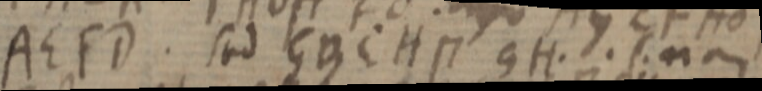
AEFD. sed GBCH П GH. sua